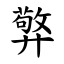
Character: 㢣